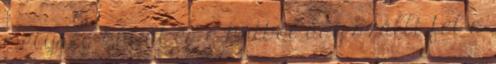
mélység kútját és a kútból úgy szállt fel a